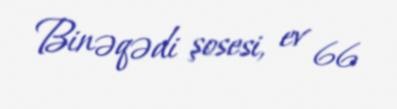
Binəqədi şosesi, ev 66